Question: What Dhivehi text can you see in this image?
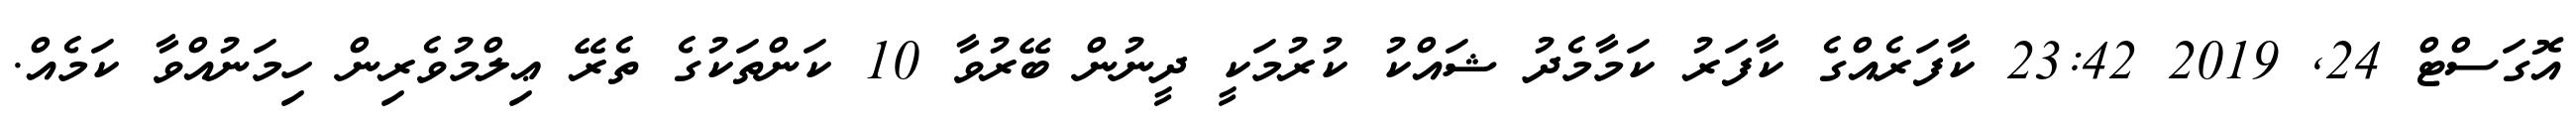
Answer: އޮގަސްޓް 24, 2019 23:42 ކާފަރެއްގެ ކާފަރު ކަމާމެދު ޝައްކު ކުރުމަކީ ދީނުން ބޭރުވާ 10 ކަންތަކުގެ ތެރޭ ޢިލްމުވެރިން ހިމަނުއްވާ ކަމެއް.